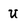
Character: U